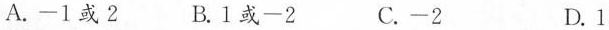
A.-1或2 B.1或-2 C.-2 D.1